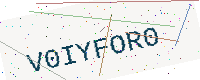
Text: V0IYFOR0